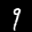
Label: 9